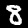
Label: 8